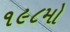
૧૯૮મો